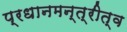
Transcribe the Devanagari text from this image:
प्रधानमन्त्रीत्व